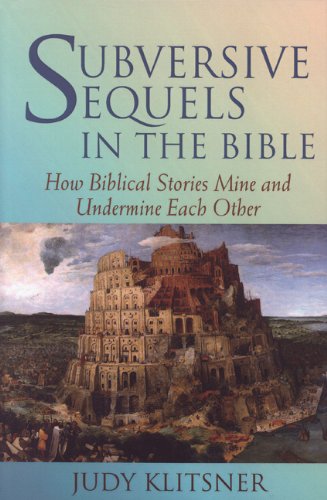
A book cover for Subversive Sequels in the Bible: How Biblical Stories Mine and Undermine Each Other; Judy Klitsner; Religion & Spirituality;